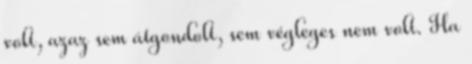
volt, azaz sem átgondolt, sem végleges nem volt. Ha